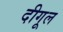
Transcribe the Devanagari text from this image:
दीगूल